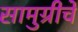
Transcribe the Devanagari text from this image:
सामुग्रीचे